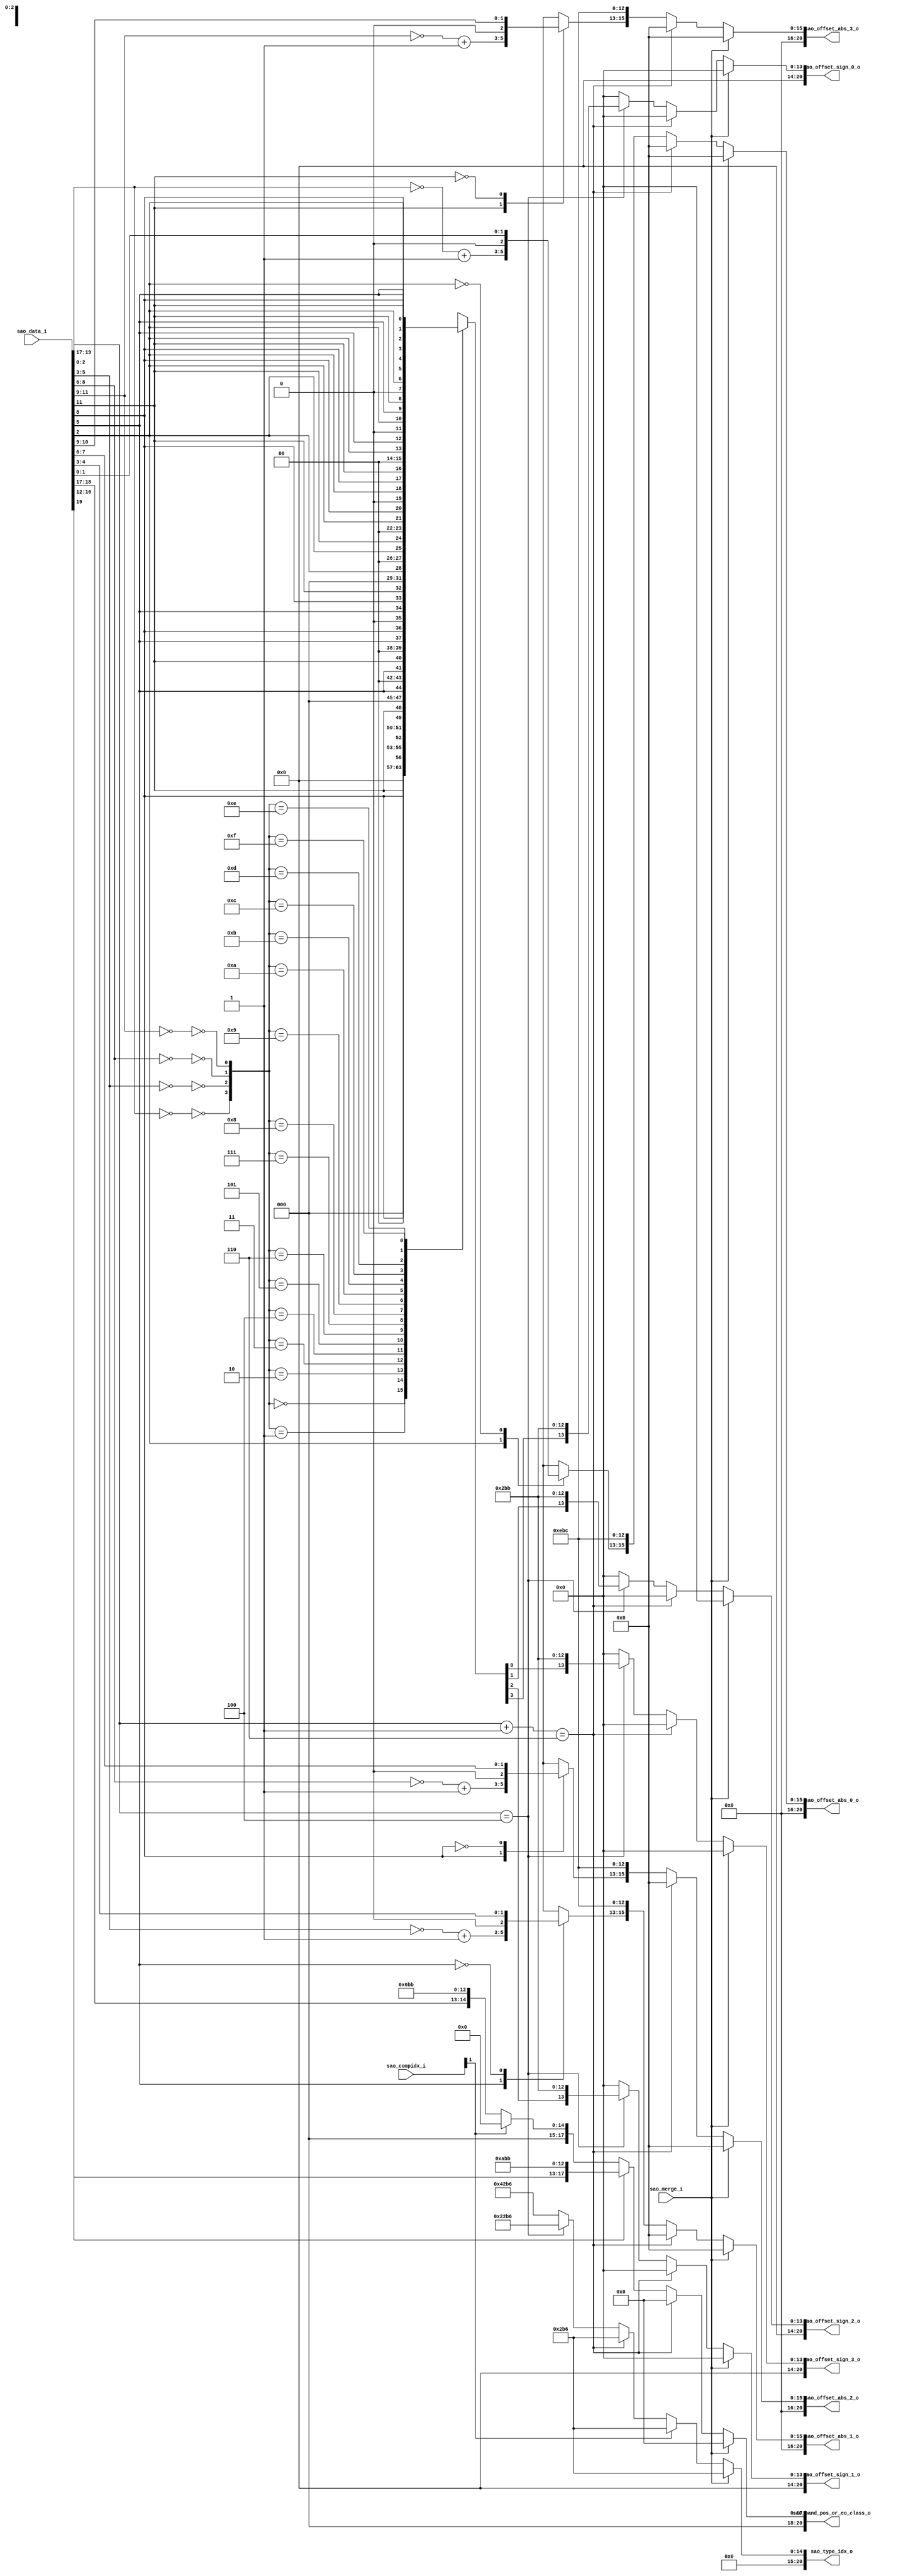
module cabac_se_prepare_sao_offset(
           sao_data_i          ,
           sao_compidx_i       ,
           sao_merge_i         ,
           sao_type_idx_o      ,
           sao_offset_abs_0_o  ,
           sao_offset_abs_1_o  ,
           sao_offset_abs_2_o  ,
           sao_offset_abs_3_o  ,
           sao_offset_sign_0_o ,
           sao_offset_sign_1_o ,
           sao_offset_sign_2_o ,
           sao_offset_sign_3_o ,
           sao_band_pos_or_eo_class_o
       );
// -----------------------------------------------------------------------------------------------------------------------------
//
//      INPUT and OUTPUT DECLARATION
//
// -----------------------------------------------------------------------------------------------------------------------------
input  [19:0] sao_data_i              ;
input  [ 1:0] sao_compidx_i           ;
input         sao_merge_i             ;
output [20:0] sao_type_idx_o          ;//0:not applied,1:band offset,2:edge offset
output [20:0] sao_offset_abs_0_o      ;
output [20:0] sao_offset_abs_1_o      ;
output [20:0] sao_offset_abs_2_o      ;
output [20:0] sao_offset_abs_3_o      ;
output [20:0] sao_offset_sign_0_o     ;
output [20:0] sao_offset_sign_1_o     ;
output [20:0] sao_offset_sign_2_o     ;
output [20:0] sao_offset_sign_3_o     ;
output [20:0] sao_band_pos_or_eo_class_o;//32 band or 4 of eo class

reg  [20:0] sao_type_idx_o          ;//0:not applied,1:band offset,2:edge offset
reg  [20:0] sao_offset_abs_0_o      ;
reg  [20:0] sao_offset_abs_1_o      ;
reg  [20:0] sao_offset_abs_2_o      ;
reg  [20:0] sao_offset_abs_3_o      ;
reg  [20:0] sao_offset_sign_0_o     ;
reg  [20:0] sao_offset_sign_1_o     ;
reg  [20:0] sao_offset_sign_2_o     ;
reg  [20:0] sao_offset_sign_3_o     ;
reg  [20:0] sao_band_pos_or_eo_class_o;//32 band or 4 of eo class
// -----------------------------------------------------------------------------------------------------------------------------
//
//      wire and reg signals declaration
//
// -----------------------------------------------------------------------------------------------------------------------------
wire [2:0]  sao_type_w              ;
wire [4:0]  sao_sub_type_w          ;

wire [2:0]  sao_offset_0_w          ;
wire [2:0]  sao_offset_1_w          ;
wire [2:0]  sao_offset_2_w          ;
wire [2:0]  sao_offset_3_w          ;

reg  [2:0]  sao_offset_abs_0_r      ;
reg  [2:0]  sao_offset_abs_1_r      ;
reg  [2:0]  sao_offset_abs_2_r      ;
reg  [2:0]  sao_offset_abs_3_r      ;

wire sao_offset_neq0_0_w     ;
wire sao_offset_neq0_1_w     ;
wire sao_offset_neq0_2_w     ;
wire sao_offset_neq0_3_w     ;

reg  [4:0] sao_bo_offset_sign_r    ;


wire [2:0] ui_symbol_w             ;

assign   sao_type_w        =     sao_data_i[19:17]      ;
assign   sao_sub_type_w    =     sao_data_i[16:12]      ;

assign   sao_offset_3_w    =     sao_data_i[11:9 ]      ;
assign   sao_offset_2_w    =     sao_data_i[ 8:6 ]      ;
assign   sao_offset_1_w    =     sao_data_i[ 5:3 ]      ;
assign   sao_offset_0_w    =     sao_data_i[ 2:0 ]      ;


assign     ui_symbol_w     =     sao_type_w   + 2'b1    ;

// sao_offset_abs
always @*
begin
    case(sao_offset_0_w[2])
        1'b1:
            sao_offset_abs_0_r =  (~sao_offset_0_w) + 2'b1 ;
        1'b0:
            sao_offset_abs_0_r =  sao_offset_0_w           ;
    endcase
end

always @*
begin
    case(sao_offset_1_w[2])
        1'b1:
            sao_offset_abs_1_r =  (~sao_offset_1_w) + 2'b1 ;
        1'b0:
            sao_offset_abs_1_r =  sao_offset_1_w           ;
    endcase
end

always @*
begin
    case(sao_offset_2_w[2])
        1'b1:
            sao_offset_abs_2_r =  (~sao_offset_2_w) + 2'b1 ;
        1'b0:
            sao_offset_abs_2_r =  sao_offset_2_w           ;
    endcase
end

always @*
begin
    case(sao_offset_3_w[2])
        1'b1:
            sao_offset_abs_3_r =  (~sao_offset_3_w) + 2'b1 ;
        1'b0:
            sao_offset_abs_3_r =  sao_offset_3_w           ;
    endcase
end



assign   sao_offset_neq0_0_w   =   !(sao_offset_0_w==0)     ;
assign   sao_offset_neq0_1_w   =   !(sao_offset_1_w==0)     ;
assign   sao_offset_neq0_2_w   =   !(sao_offset_2_w==0)     ;
assign   sao_offset_neq0_3_w   =   !(sao_offset_3_w==0)     ;


always @*
begin
    case({sao_offset_neq0_0_w,sao_offset_neq0_1_w,sao_offset_neq0_2_w,sao_offset_neq0_3_w})
        4'b0000:
            sao_bo_offset_sign_r =  5'b0;
        4'b0001:
            sao_bo_offset_sign_r =  {4'b0,sao_offset_3_w[2]} ;
        4'b0010:
            sao_bo_offset_sign_r =  {4'b0,sao_offset_2_w[2]} ;
        4'b0011:
            sao_bo_offset_sign_r =  {3'b0,sao_offset_2_w[2],sao_offset_3_w[2]};
        4'b0100:
            sao_bo_offset_sign_r =  {4'b0,sao_offset_1_w[2]} ;
        4'b0101:
            sao_bo_offset_sign_r =  {3'b0,sao_offset_1_w[2],sao_offset_3_w[2]};
        4'b0110:
            sao_bo_offset_sign_r =  {3'b0,sao_offset_1_w[2],sao_offset_2_w[2]};
        4'b0111:
            sao_bo_offset_sign_r =  {2'b0,sao_offset_1_w[2],sao_offset_2_w[2],sao_offset_3_w[2]};
        4'b1000:
            sao_bo_offset_sign_r =  {4'b0,sao_offset_0_w[2]} ;
        4'b1001:
            sao_bo_offset_sign_r =  {3'b0,sao_offset_0_w[2],sao_offset_3_w[2]};
        4'b1010:
            sao_bo_offset_sign_r =  {3'b0,sao_offset_0_w[2],sao_offset_2_w[2]};
        4'b1011:
            sao_bo_offset_sign_r =  {2'b0,sao_offset_0_w[2],sao_offset_2_w[2],sao_offset_3_w[2]};
        4'b1100:
            sao_bo_offset_sign_r =  {3'b0,sao_offset_0_w[2],sao_offset_1_w[2]};
        4'b1101:
            sao_bo_offset_sign_r =  {2'b0,sao_offset_0_w[2],sao_offset_1_w[2],sao_offset_3_w[2]};
        4'b1110:
            sao_bo_offset_sign_r =  {2'b0,sao_offset_0_w[2],sao_offset_1_w[2],sao_offset_2_w[2]};
        4'b1111:
            sao_bo_offset_sign_r =  {1'b0,sao_offset_0_w[2],sao_offset_1_w[2],sao_offset_2_w[2],sao_offset_3_w[2]};
    endcase
end

// saoTypeIdx
always @*
begin
    if (sao_merge_i)           // sao_merge_i = merge_left || merge_top
        sao_type_idx_o = {6'h00,2'b00,4'h1,9'h0b6};
    else if(sao_compidx_i[1])  // sao_compidx_i == 2 chroma doesn't have sao_type se
        sao_type_idx_o = {6'h00,2'b00,4'h1,9'h0b6};
    else if(ui_symbol_w==3'd6)  // ui_symbol_w ==6
        sao_type_idx_o = {6'h00,2'b00,4'h1,9'h0b6};
    else if(sao_type_w==3'd4)
        sao_type_idx_o = {6'h00,2'b01,4'h1,9'h0b6};
    else
        sao_type_idx_o = {6'h00,2'b10,4'h1,9'h0b6};
end

// sao_offset
always @*
begin
    if (sao_merge_i)
    begin            // sao_merge_i = merge_left || merge_top
        sao_offset_abs_0_o =  21'b0;
        sao_offset_abs_1_o =  21'b0;
        sao_offset_abs_2_o =  21'b0;
        sao_offset_abs_3_o =  21'b0;
    end
    else if(ui_symbol_w==3'd6)
    begin
        sao_offset_abs_0_o =  21'b0;
        sao_offset_abs_1_o =  21'b0;
        sao_offset_abs_2_o =  21'b0;
        sao_offset_abs_3_o =  21'b0;
    end
    else
    begin
        sao_offset_abs_0_o =  {5'h00,sao_offset_abs_0_r,4'h7,9'h0bc};
        sao_offset_abs_1_o =  {5'h00,sao_offset_abs_1_r,4'h7,9'h0bc};
        sao_offset_abs_2_o =  {5'h00,sao_offset_abs_2_r,4'h7,9'h0bc};
        sao_offset_abs_3_o =  {5'h00,sao_offset_abs_3_r,4'h7,9'h0bc};
    end
end

// sao_bo_offset_sign
always @*
begin
    if (sao_merge_i)
    begin       // sao_merge_i = merge_left || merge_top
        sao_offset_sign_0_o = 21'b0;
        sao_offset_sign_1_o = 21'b0;
        sao_offset_sign_2_o = 21'b0;
        sao_offset_sign_3_o = 21'b0;
    end
    else if(ui_symbol_w==3'd6)
    begin
        sao_offset_sign_0_o = 21'b0;
        sao_offset_sign_1_o = 21'b0;
        sao_offset_sign_2_o = 21'b0;
        sao_offset_sign_3_o = 21'b0;
    end
    else if(sao_type_w==3'd4)
    begin
        sao_offset_sign_0_o = {7'h00,sao_bo_offset_sign_r[3],4'h1,9'h0bb};
        sao_offset_sign_1_o = {7'h00,sao_bo_offset_sign_r[2],4'h1,9'h0bb};
        sao_offset_sign_2_o = {7'h00,sao_bo_offset_sign_r[1],4'h1,9'h0bb};
        sao_offset_sign_3_o = {7'h00,sao_bo_offset_sign_r[0],4'h1,9'h0bb};
    end
    else
    begin
        sao_offset_sign_0_o = 21'b0;
        sao_offset_sign_1_o = 21'b0;
        sao_offset_sign_2_o = 21'b0;
        sao_offset_sign_3_o = 21'b0;
    end
end

// sao_subTypeIdx
always @*
begin
    if (sao_merge_i)   // sao_merge_i = merge_left || merge_top
        sao_band_pos_or_eo_class_o  =  21'b0;
    else if(ui_symbol_w==3'd6)
        sao_band_pos_or_eo_class_o  =  21'b0;
    else if(sao_type_w[2]) // SAO_BO
        sao_band_pos_or_eo_class_o  =  {3'd0,sao_sub_type_w,4'h5,9'h0bb};
    else if(sao_compidx_i[1])  // comp_idx ==2
        sao_band_pos_or_eo_class_o  =  21'b0;
    else
        sao_band_pos_or_eo_class_o  =  {5'h00,sao_type_w,4'h3,9'h0bb};
end



endmodule